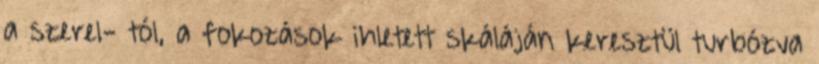
a szerel- tól, a fokozások ihletett skáláján keresztül turbózva